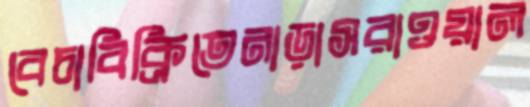
বেচাবিক্রিতেনাড়াসরাওয়াল